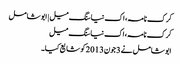
کرک نامہ، اک نیا سنگ میل | ابوشامل
کرک نامہ، اک نیا سنگ میل
ابوشامل نے 3 جون 2013 کو شایع کیا۔